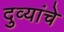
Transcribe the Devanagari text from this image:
दुव्यांचे